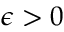
\epsilon > 0